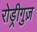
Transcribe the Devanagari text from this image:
रोड्रीगुज़